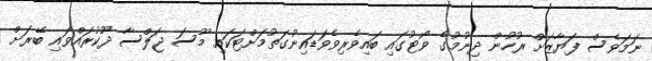
ނަމަވެސް ފަޔާޒަށް ރުހުން ދިނުމުގެ ވޯޓުގައި ބައިވެރިވެވަޑައިނުގަތުމަށްޓަކައި މޫސަ ޖަލްސާ ދޫކުރައްވައި ބޭރަށް